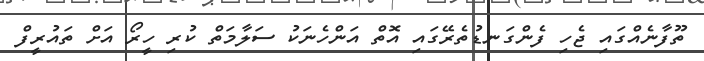
ތޫފާނެއްގައި ޖެހި ފެންގަނޑުތެރޭގައި އޮތް އަންހެނަކު ސަލާމަތް ކުރި ހީރޯ އަށް ތައުރީފް